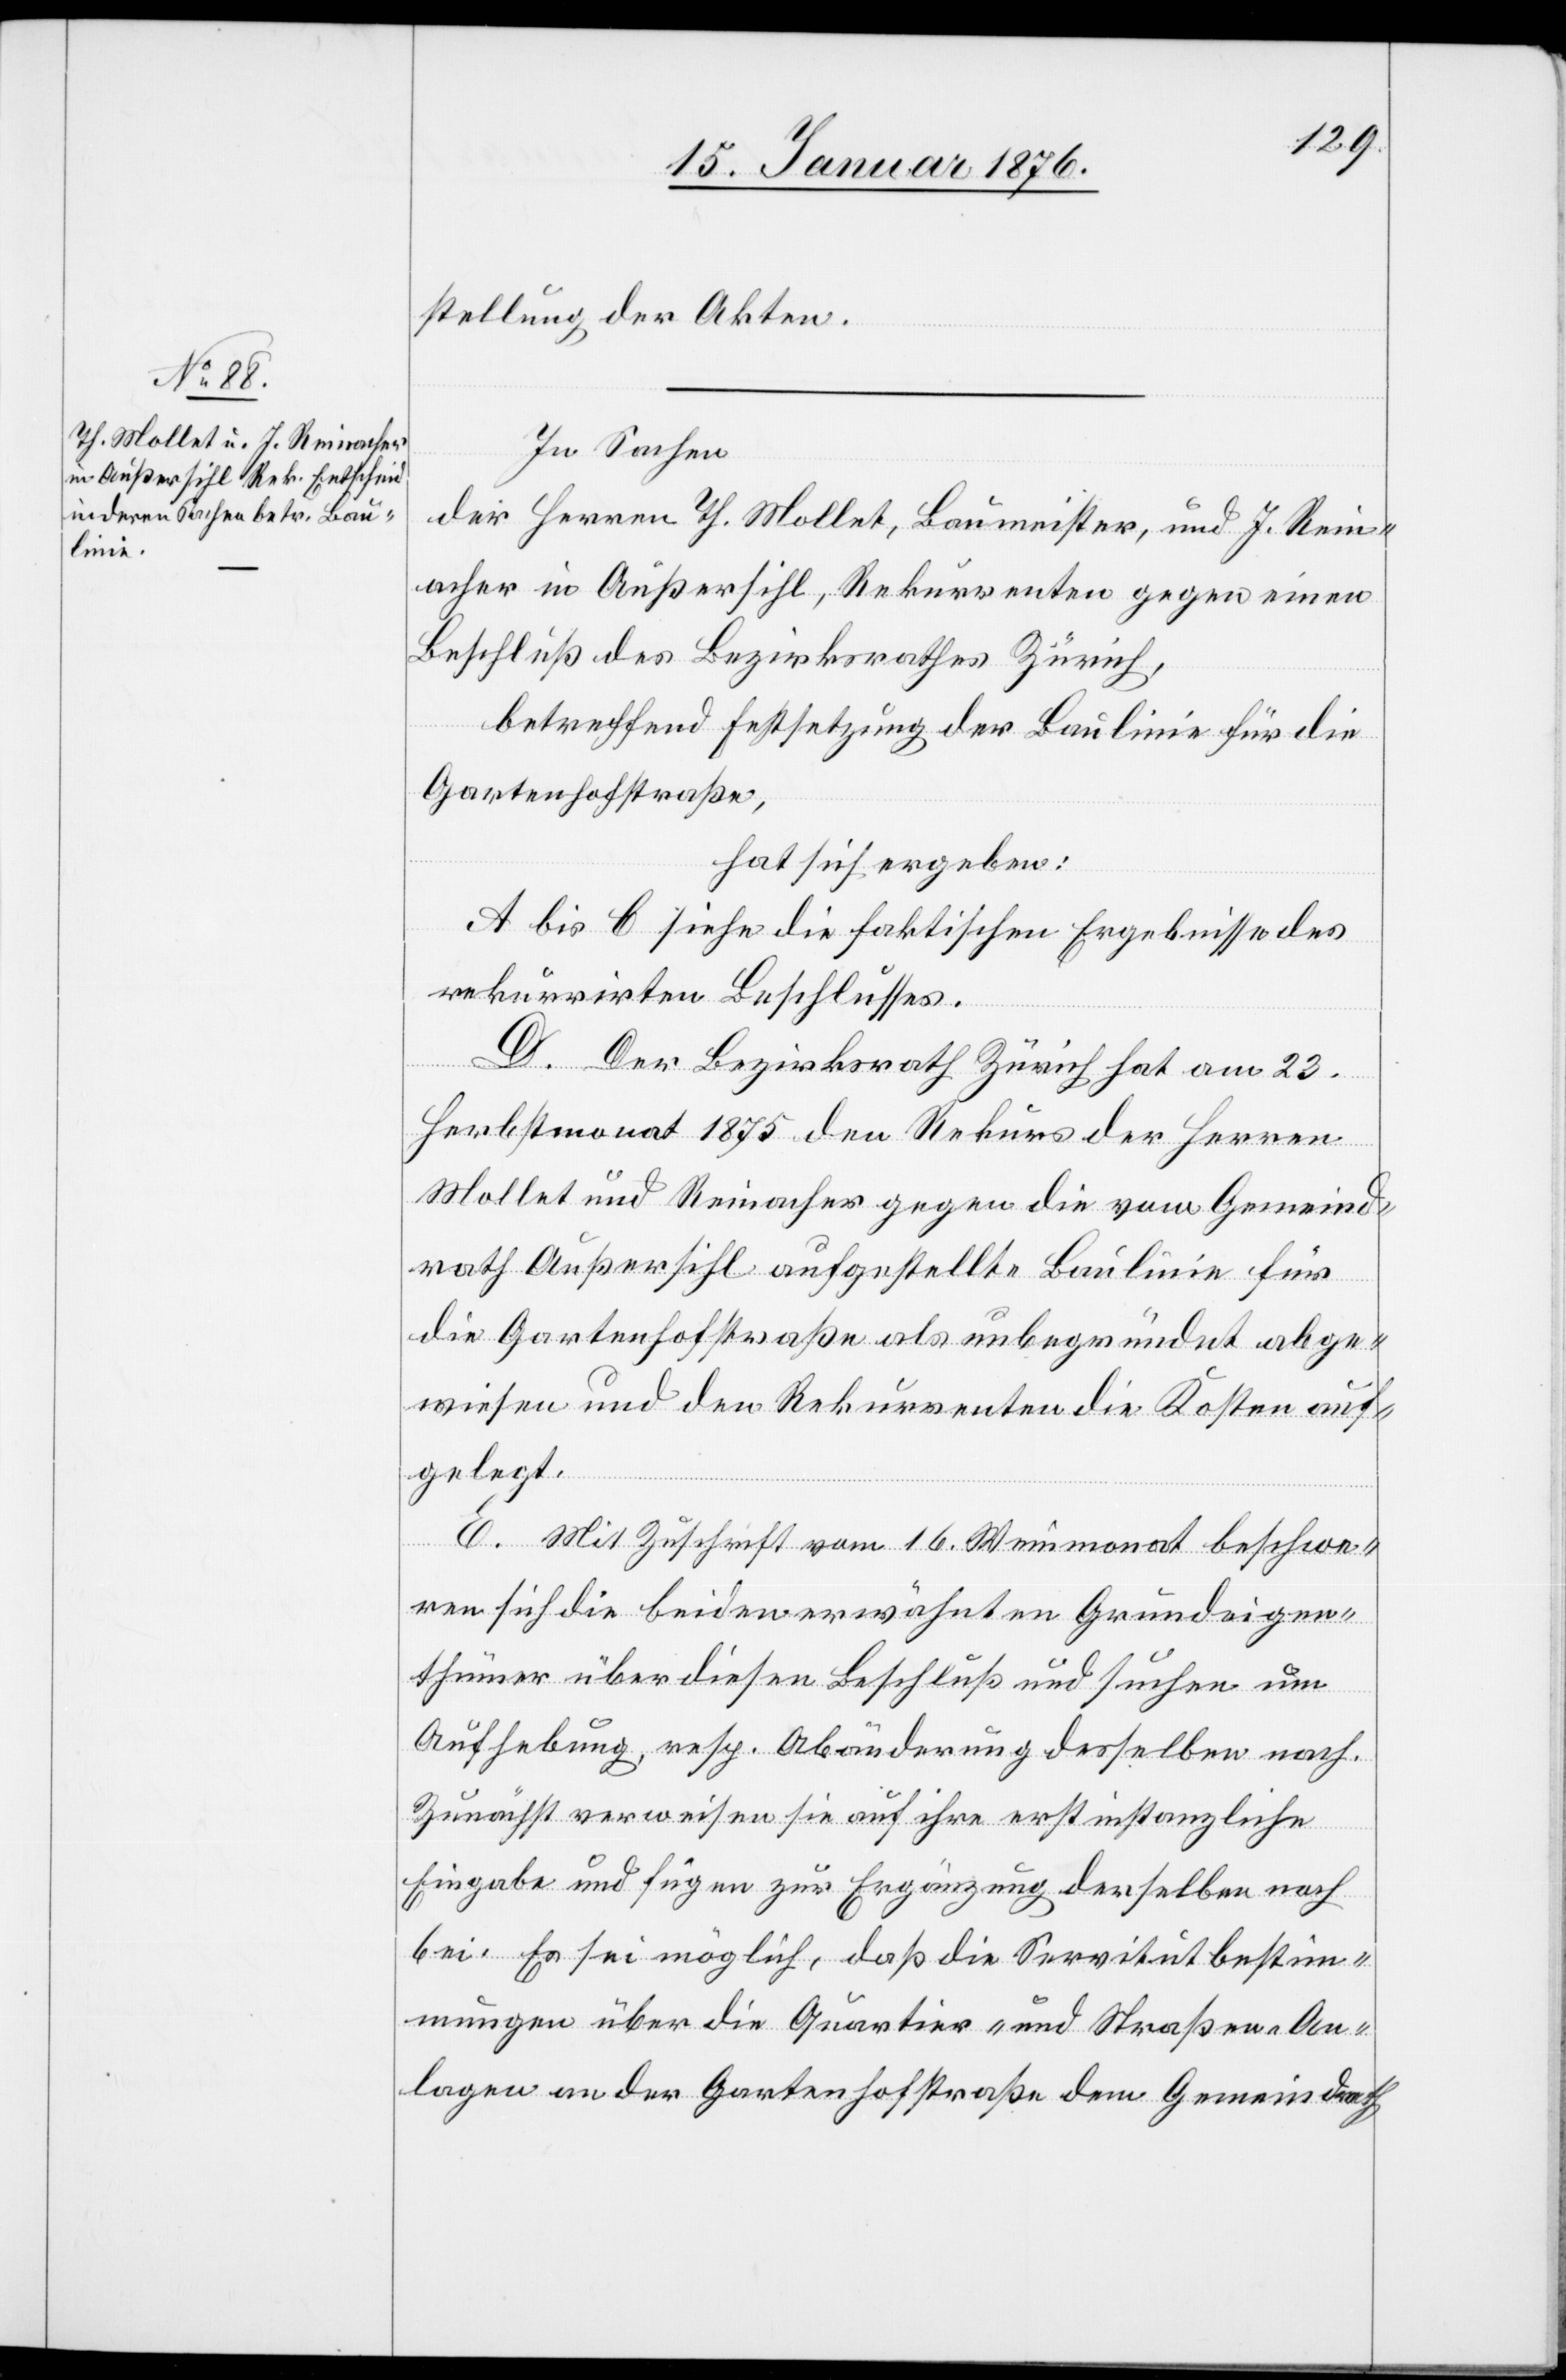
stellung der Akten.
In Sachen
der Herren Th. Mollet, Baumeister, und J. Rein¬
acher in Außersihl, Rekurrenten gegen einen
Beschluß des Bezirksrathes Zürich,
betreffend Festsetzung der Baulinie für die
Gartenhofstraße,
hat sich ergeben:
A bis C siehe die faktischen Ergebnisse des
rekurrirten Beschlusses.
D. Der Bezirksrath Zürich hat am 23.
Herbstmonat 1875 den Rekurs der Herren
Mollet und Reinacher gegen die vom Gemeind¬
rath Außersihl aufgestellte Baulinie für
die Gartenhofstraße als unbegründet abge¬
wiesen und den Rekurrenten die Kosten auf¬
gelegt.
E. Mit Zuschrift vom 16. Weinmonat beschwe¬
ren sich die beiden erwähnten Grundeigen¬
thümer über diesen Beschluß und suchen um
Aufhebung, resp. Abänderung desselben nach.
Zunächst verweisen sie auf ihre erstinstanzliche
Eingabe und fügen zur Ergänzung derselben noch
bei: Es sei möglich, daß die Servitutbestim¬
mungen über die Quartier- und Straßen-An¬
lagen an der Gartenhofstraße dem Gemeindrath